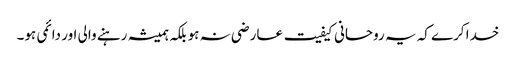
خدا کرے کہ یہ روحانی کیفیت عارضی نہ ہو بلکہ ہمیشہ رہنے والی اور دائمی ہو۔